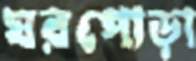
ঘরপোড়া